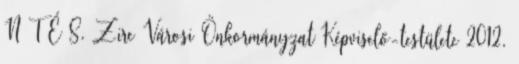
N T É S. Zirc Városi Önkormányzat Képviselő-testülete 2012.